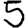
Digit: 5